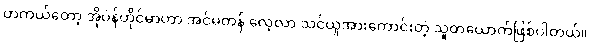
တကယ်တော့ အိုပဲန်ဟိုင်မာဟာ အင်မတန် လေ့လာ သင်ယူအားကောင်းတဲ့ သူတယောက်ဖြစ်ပါတယ်။